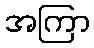
အကြာ